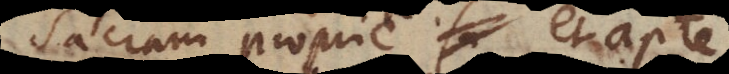
Sacram proprie et apte